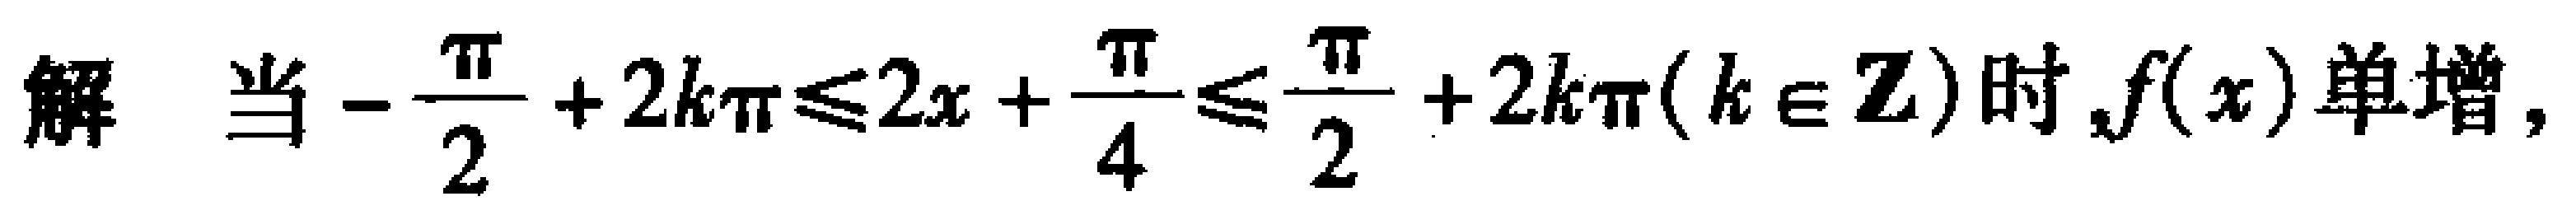
解 当\(-\frac{\pi}{2}+2k\pi\leqslant 2x+\frac{\pi}{4}\leqslant\frac{\pi}{2}+2k\pi(k\in\mathbb{Z})\)时,\(f(x)\)单增，